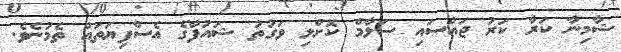
ޝާމިނާ ކަރާ ކަރު ޖައްސައި ސަލާމް ކޮށްލި ވަގުތު ޝައުފާގެ އެސްފިޔަތައް ތެމުނެވެ.